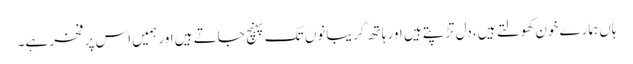
ہاں ہمارے خون کھولتے ہیں، دل تڑپتے ہیں اور ہاتھ گریبانوں تک پہنچ جاتے ہیں اور ہمیں اس پر فخر ہے۔